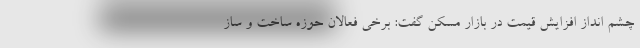
چشم انداز افزایش قیمت در بازار مسکن گفت: برخی فعالان حوزه ساخت و ساز